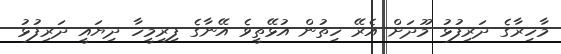
މާހިރާގެ ދަރިފުޅު މޫދަށް އެރޭ ހިތުން އުޅޭތީވެ އޭނާގެ ފިރިމީހާ ދިޔައީ ދަރިފުޅު